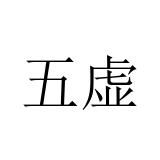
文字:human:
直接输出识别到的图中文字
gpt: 五虚